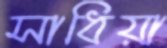
সাধিয়া